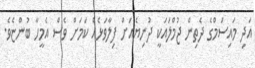
އަދި މައިސަމްގެ ދެތިން ޖުމްލައަކީ ދުނިޔެއަށް ފިލާވަޅެއް ކަމަށް ވެސް އެމީހާ ބުންޏެވެ.